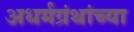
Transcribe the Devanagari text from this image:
अधर्मग्रंथांच्या